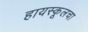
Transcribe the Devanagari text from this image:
हायस्‍कूलचा